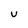
Character: u